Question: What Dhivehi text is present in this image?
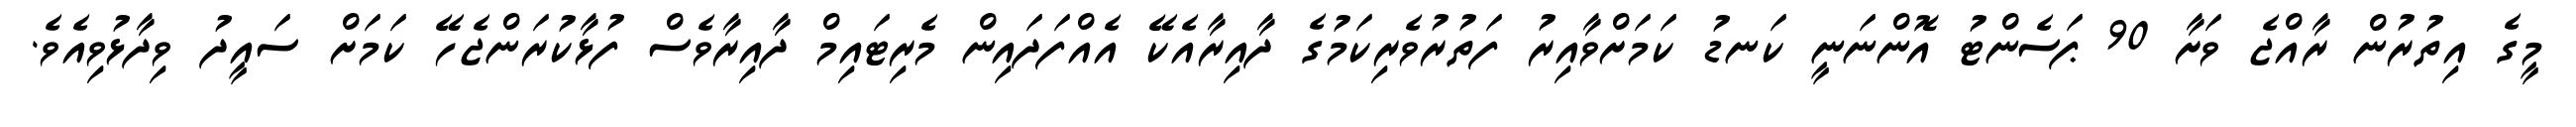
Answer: މީގެ އިތުރުން ރާއްޖެ ވަށާ 90 ޕަސެންޓު އޮންނަނީ ކަނޑު ކަމަށްވާއިރު ފަތުރުވެރިކަމުގެ ދާއިރާއެކޭ އެއްފަދައިން މެރިޓައިމް ދާއިރާވެސް ފުޅާކުރަންޖެހޭ ކަމަށް ސައީދު ވިދާޅުވިއެވެ.